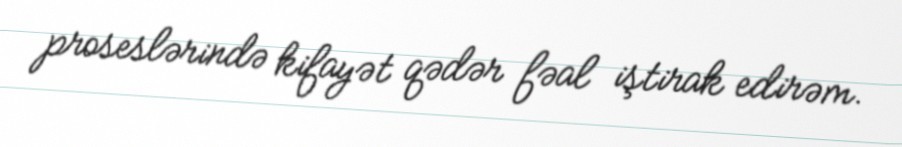
proseslərində kifayət qədər fəal iştirak edirəm.